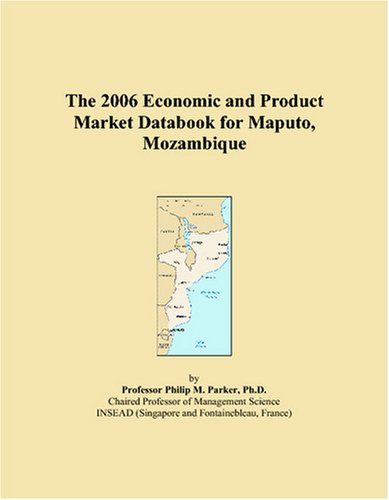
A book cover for The 2006 Economic and Product Market Databook for Maputo, Mozambique; Philip M. Parker; Travel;